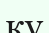
ку